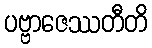
ပဗ္ဗာဇေဿတီတိ